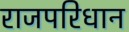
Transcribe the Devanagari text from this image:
राजपरिधान